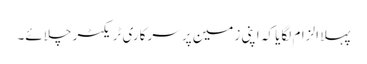
پہلا الزام لگایا کہ اپنی زمین پر سرکاری ٹریکٹر چلائے۔